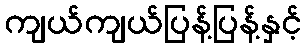
ကျယ်ကျယ်ပြန့်ပြန့်နှင့်